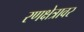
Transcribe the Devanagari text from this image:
रणक्षेत्रावर